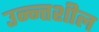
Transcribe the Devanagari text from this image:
उन्न्तशील